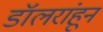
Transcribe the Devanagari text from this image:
डॉलरांहून